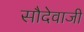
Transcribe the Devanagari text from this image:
सौदेवाजी